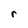
Character: r